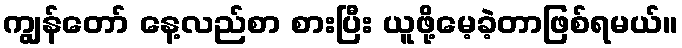
ကျွန်တော် နေ့လည်စာ စားပြီး ယူဖို့မေ့ခဲ့တာဖြစ်ရမယ်။